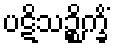
ပဋိသဉ္စိက္ခိံ